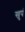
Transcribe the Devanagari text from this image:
खुपं